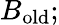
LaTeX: B_{\mathrm{old}};